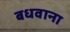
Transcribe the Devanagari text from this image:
बधवाना